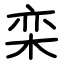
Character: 栾